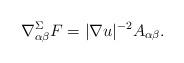
LaTeX: \begin{align*}\nabla^\Sigma_{\alpha\beta}F=|\nabla u|^{-2}A_{\alpha\beta}.\end{align*}